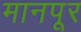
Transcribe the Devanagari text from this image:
मानपूर